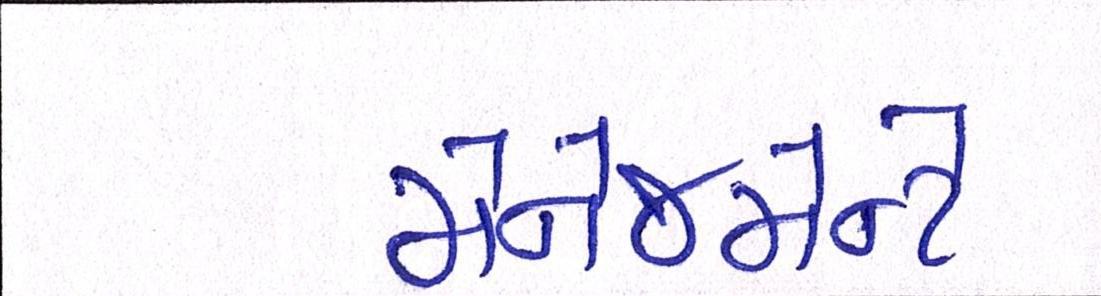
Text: મેનેજમેન્ટે